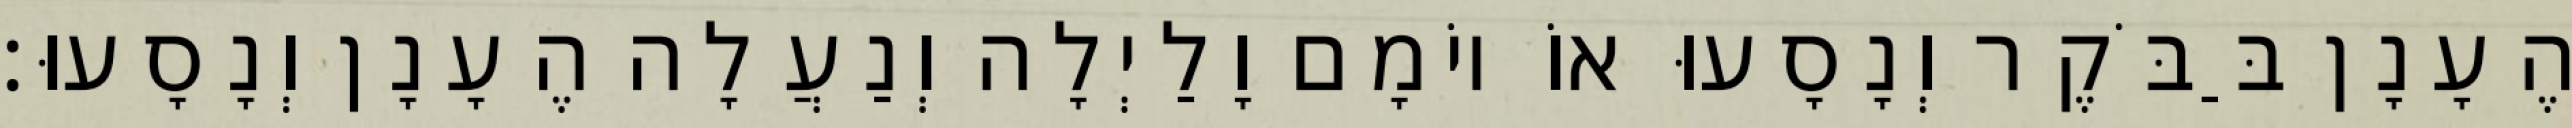
הֶעָנָן בַּבֹּקֶר וְנָסָעוּ אוֹ יוֹמָם וָלַיְלָה וְנַעֲלָה הֶעָנָן וְנָסָעוּ׃